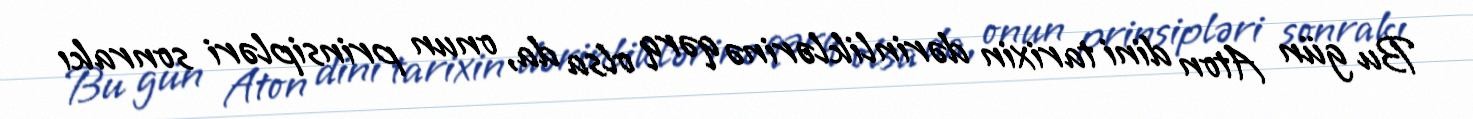
Bu gün Aton dini tarixin dərinliklərinə qərq olsa da, onun prinsipləri sonrakı